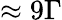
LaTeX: \approx 9\Gamma